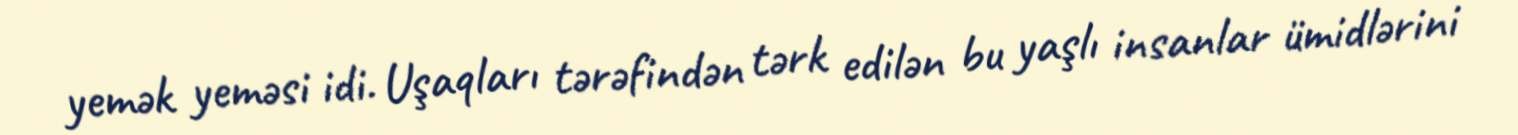
yemək yeməsi idi. Uşaqları tərəfindən tərk edilən bu yaşlı insanlar ümidlərini